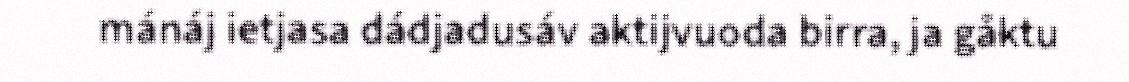
mánáj ietjasa dádjadusáv aktijvuoda birra, ja gåktu